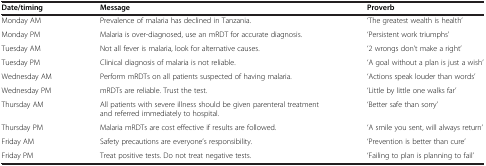
<table><thead><tr><td><b>Date/timing</b></td><td><b>Message</b></td><td><b>Proverb</b></td></tr></thead><tbody><tr><td>Monday AM</td><td>Prevalence of malaria has declined in Tanzania.</td><td>‘The greatest wealth is health’</td></tr><tr><td>Monday PM</td><td>Malaria is over-diagnosed, use an mRDT for accurate diagnosis.</td><td>‘Persistent work triumphs’</td></tr><tr><td>Tuesday AM</td><td>Not all fever is malaria, look for alternative causes.</td><td>‘2 wrongs don’t make a right’</td></tr><tr><td>Tuesday PM</td><td>Clinical diagnosis of malaria is not reliable.</td><td>‘A goal without a plan is just a wish’</td></tr><tr><td>Wednesday AM</td><td>Perform mRDTs on all patients suspected of having malaria.</td><td>‘Actions speak louder than words’</td></tr><tr><td>Wednesday PM</td><td>mRDTs are reliable. Trust the test.</td><td>‘Little by little one walks far’</td></tr><tr><td>Thursday AM</td><td>All patients with severe illness should be given parenteral treatment and referred immediately to hospital.</td><td>‘Better safe than sorry’</td></tr><tr><td>Thursday PM</td><td>Malaria mRDTs are cost effective if results are followed.</td><td>‘A smile you sent, will always return’</td></tr><tr><td>Friday AM</td><td>Safety precautions are everyone’s responsibility.</td><td>‘Prevention is better than cure’</td></tr><tr><td>Friday PM</td><td>Treat positive tests. Do not treat negative tests.</td><td>‘Failing to plan is planning to fail’</td></tr></tbody></table>